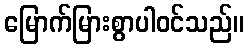
မြောက်မြားစွာပါဝင်သည်။